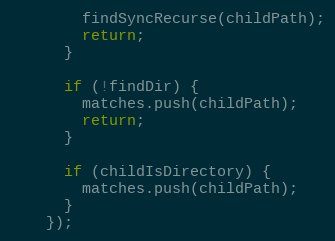
Language: JavaScript
        findSyncRecurse(childPath);
        return;
      }

      if (!findDir) {
        matches.push(childPath);
        return;
      }

      if (childIsDirectory) {
        matches.push(childPath);
      }
    });